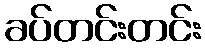
ခပ်တင်းတင်း